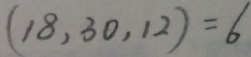
( 1 8 , 3 0 , 1 2 ) = 6